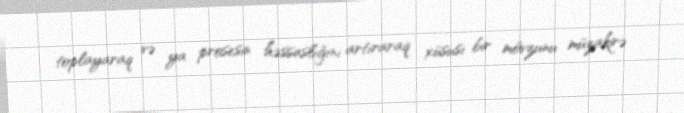
toplayaraq və ya prosesin həssaslığını artıraraq xüsusi bir mövzunu müzakirə